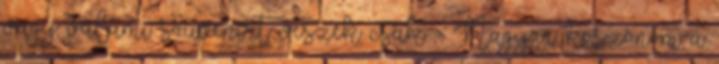
vagy valami souvenírt veszek csak. - Nagyon köszönöm a